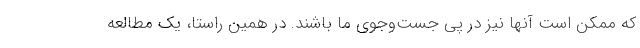
که ممکن است آنها نیز در پی جست‌وجوی ما باشند. در همین راستا، یک مطالعه